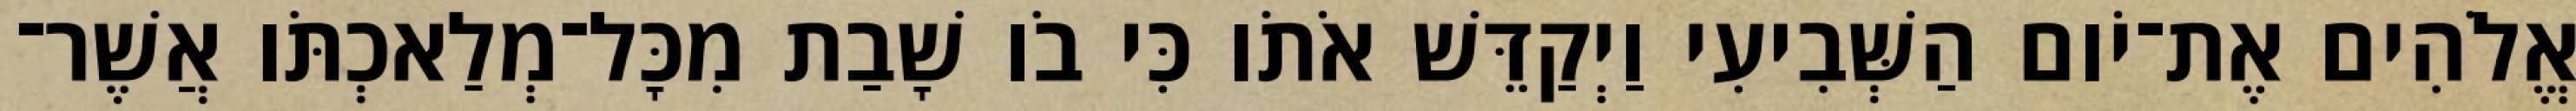
אֱלֹהִים אֶת־יֹום הַשְּׁבִיעִי וַיְקַדֵּשׁ אֹתֹו כִּי בֹו שָׁבַת מִכָּל־מְלַאכְתֹּו אֲשֶׁר־